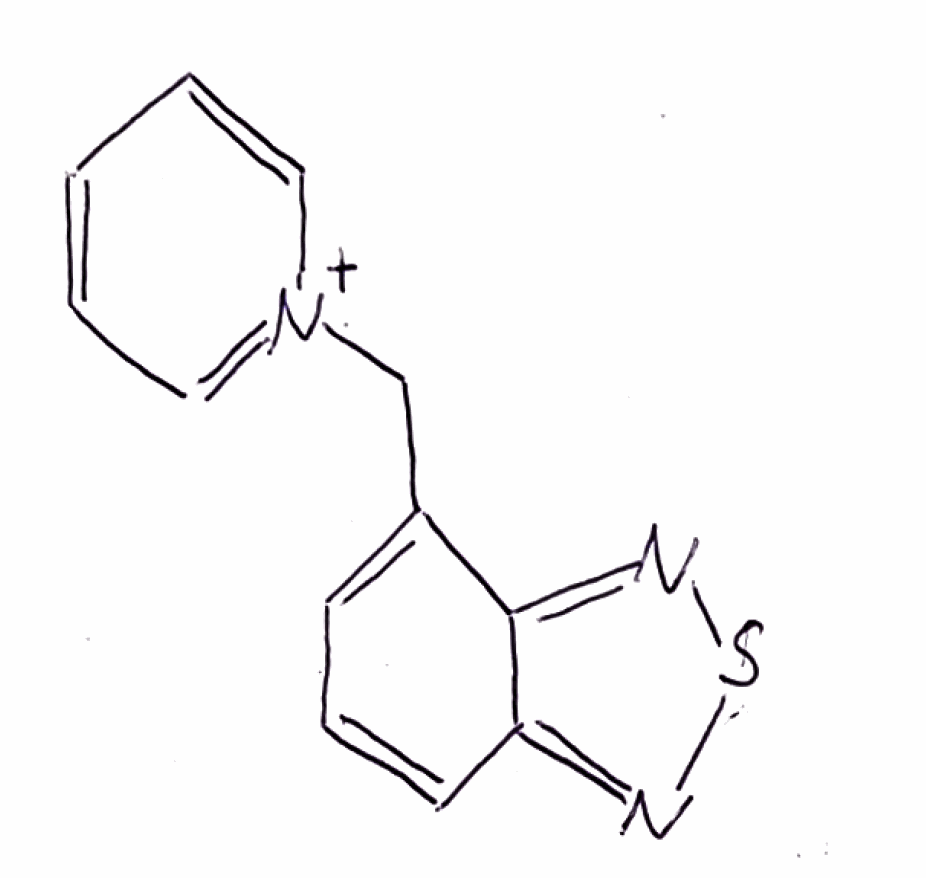
Simplified molecular-input line-entry system (SMILES) notation of the given molecule:
C1=CC=[N+](C=C1)CC2=CC=CC3=NSN=C32